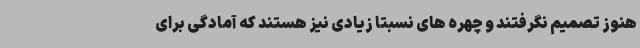
هنوز تصمیم نگرفتند و چهره های نسبتا زیادی نیز هستند که آمادگی برای